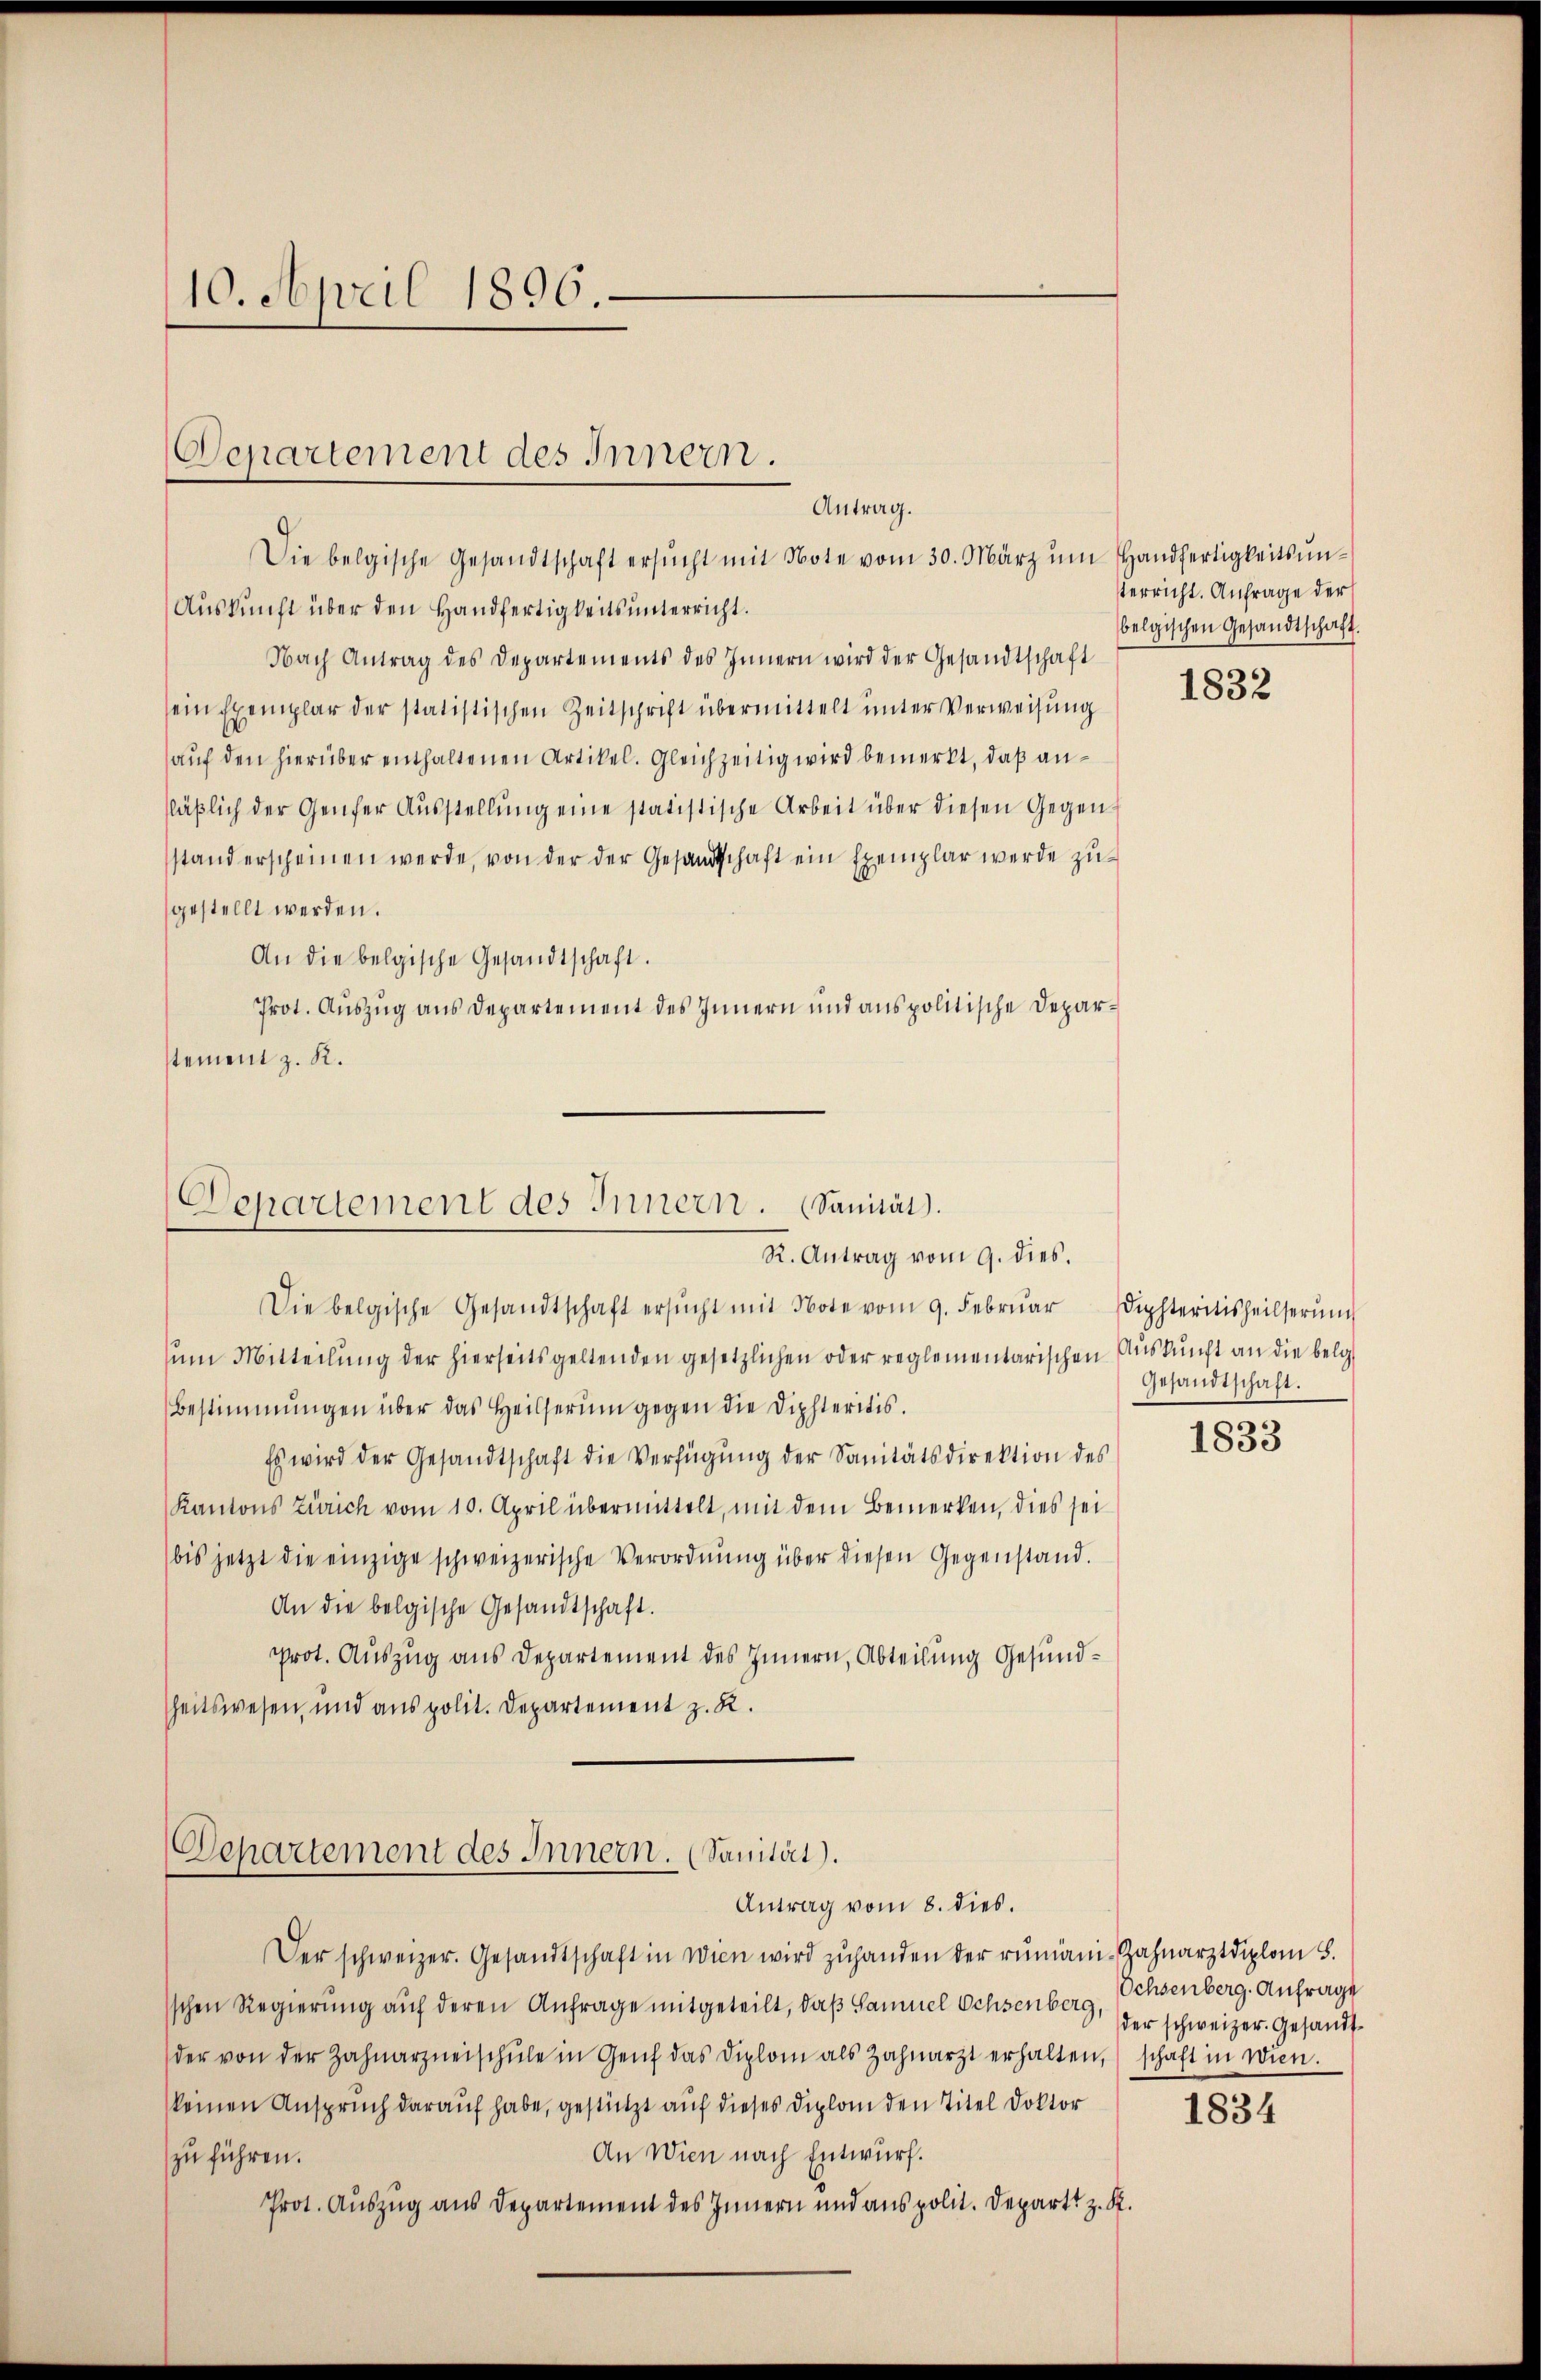
10. April 1896.

Departement des Innern.
Antrag.

Die belgische Gesandtschaft ersŭcht mit Note vom 30. März ŭm Handfertigkeits ŭn-
Auskunft über den Handfertigkeitsunterricht.
Nach Antrag des Departements des Innern wird der Gesandtschaft
sein Exemplar der statistischen Zeitschrift übermittelt unter Verweisung
auf den hierüber enthaltenen Artikel. Gleichzeitig wird bemerkt, daß anfläβlich der Genfer Aŭsstellŭng eine statistische Arbeit über diesen Gegen-
stand erscheinen werde, von der der Gesandtschaft ein Exemplar werde zu-
gestellt werden.
An die belgische Gesandtschaft.
Prot. Auszug aus Departement des Innern und anspolitische Deparstement z. K.

Departement des Innern. Sanität.
R. Antrag vom 9. dies.

Separtement des Innern. (Sanität).

terricht. Anfrage der
belgischen Gesandtschaft.

Die belgische Gesandtschaft ersŭcht mit Note vom 9. Febrŭar diphteritisheilserŭng
sum Mitteilung der hierseits geltenden gesetzlichen oder reglementarischen Auskunft an die belg
Bestimmungen über das Heilserŭm gegen die Diphteritis.
Es wird der Gesandtschaft die Verfügung der Sanitätsdirektion des
Kantons Zürich vom 10. April übermittelt, mit dem Bemerken, dies sei
(bis jetzt die einzige schweizerische Verordnŭng über diesen Gegenstand.
An die belgische Gesandtschaft.
prot. Auszug aus Departement des Innern, Abteilung Gesundheitswesen, und aus polit. Departement z. R.

Antrag vom 8. dies.
Der schweizer. Gesandtschaft in Wien wird zuhanden der rumäni- Zahnarztdiplom 8.
schen Regierung auf deren Anfrage mitgeteilt, daß Sammel Ochsenberg,
der von der Zahnarzneischŭle in Genf das Diplom als Zahnarzt erhalten, schaft in Wien.
(keinen Anspruch darauf habe, gestützt auf dieses Diplom den Titel Doktor
An Wien nach Entwurf.
zu führen.
Prot. Auszug aus Departement des Innern und aus polit. Depart z. R.

1832

Gesandtschaft.

1833

Ochsenberg. Anfrage
der schweizer. Gesandt¬

1834